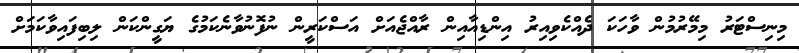
މިނިސްޓަރު މިމޭރުމުން ވާހަކަ ދެއްކެވިއިރު އިންޑިއާއިން ރާއްޖެއަށް އަސްކަރީން ނުފޮނުވާނެކަމުގެ ޔަގީންކަން ލިބިފައިވާކަމަށް